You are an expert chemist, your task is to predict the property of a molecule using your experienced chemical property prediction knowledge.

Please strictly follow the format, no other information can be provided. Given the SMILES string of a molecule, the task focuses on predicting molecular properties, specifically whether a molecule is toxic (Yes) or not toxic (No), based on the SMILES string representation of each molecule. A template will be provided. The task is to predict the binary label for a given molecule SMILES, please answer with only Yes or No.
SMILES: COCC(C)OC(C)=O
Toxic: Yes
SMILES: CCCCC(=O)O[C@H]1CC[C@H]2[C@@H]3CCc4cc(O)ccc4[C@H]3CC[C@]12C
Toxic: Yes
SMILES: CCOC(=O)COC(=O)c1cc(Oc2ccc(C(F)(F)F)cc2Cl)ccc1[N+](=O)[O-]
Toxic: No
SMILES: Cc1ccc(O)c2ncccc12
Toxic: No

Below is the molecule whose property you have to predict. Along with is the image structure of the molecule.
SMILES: CCOC(=O)CC(SP(=S)(OC)OC)C(=O)OCC
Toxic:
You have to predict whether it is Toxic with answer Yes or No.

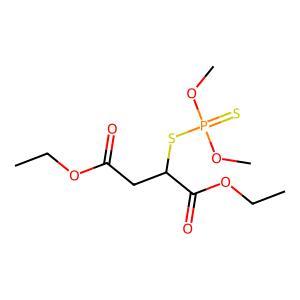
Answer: No